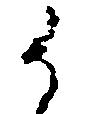
御